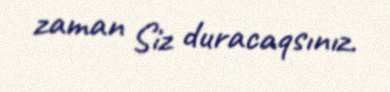
zaman Siz duracaqsınız.